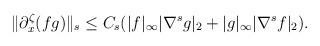
LaTeX: \begin{align*}\|\partial^\zeta_x (fg)\|_s\leq C_s(|f|_{\infty}|\nabla^s g|_2+|g|_{\infty}|\nabla^s f|_{2}).\end{align*}